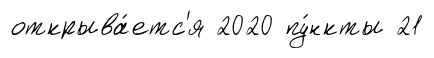
открыва́етс'я 2020 пу́нкты 21